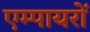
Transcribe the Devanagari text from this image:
एम्पायरों